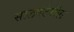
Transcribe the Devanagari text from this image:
सालमेटेरॉल